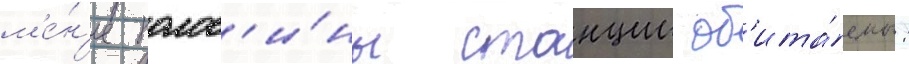
м'е́н'ее полов'и́ны станции об'ита́емы: